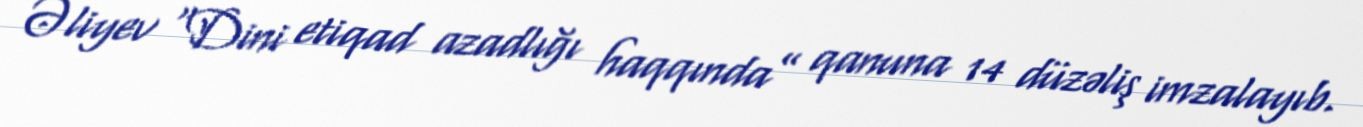
Əliyev “Dini etiqad azadlığı haqqında” qanuna 14 düzəliş imzalayıb.